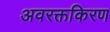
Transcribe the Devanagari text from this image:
अवरक्तकिरण